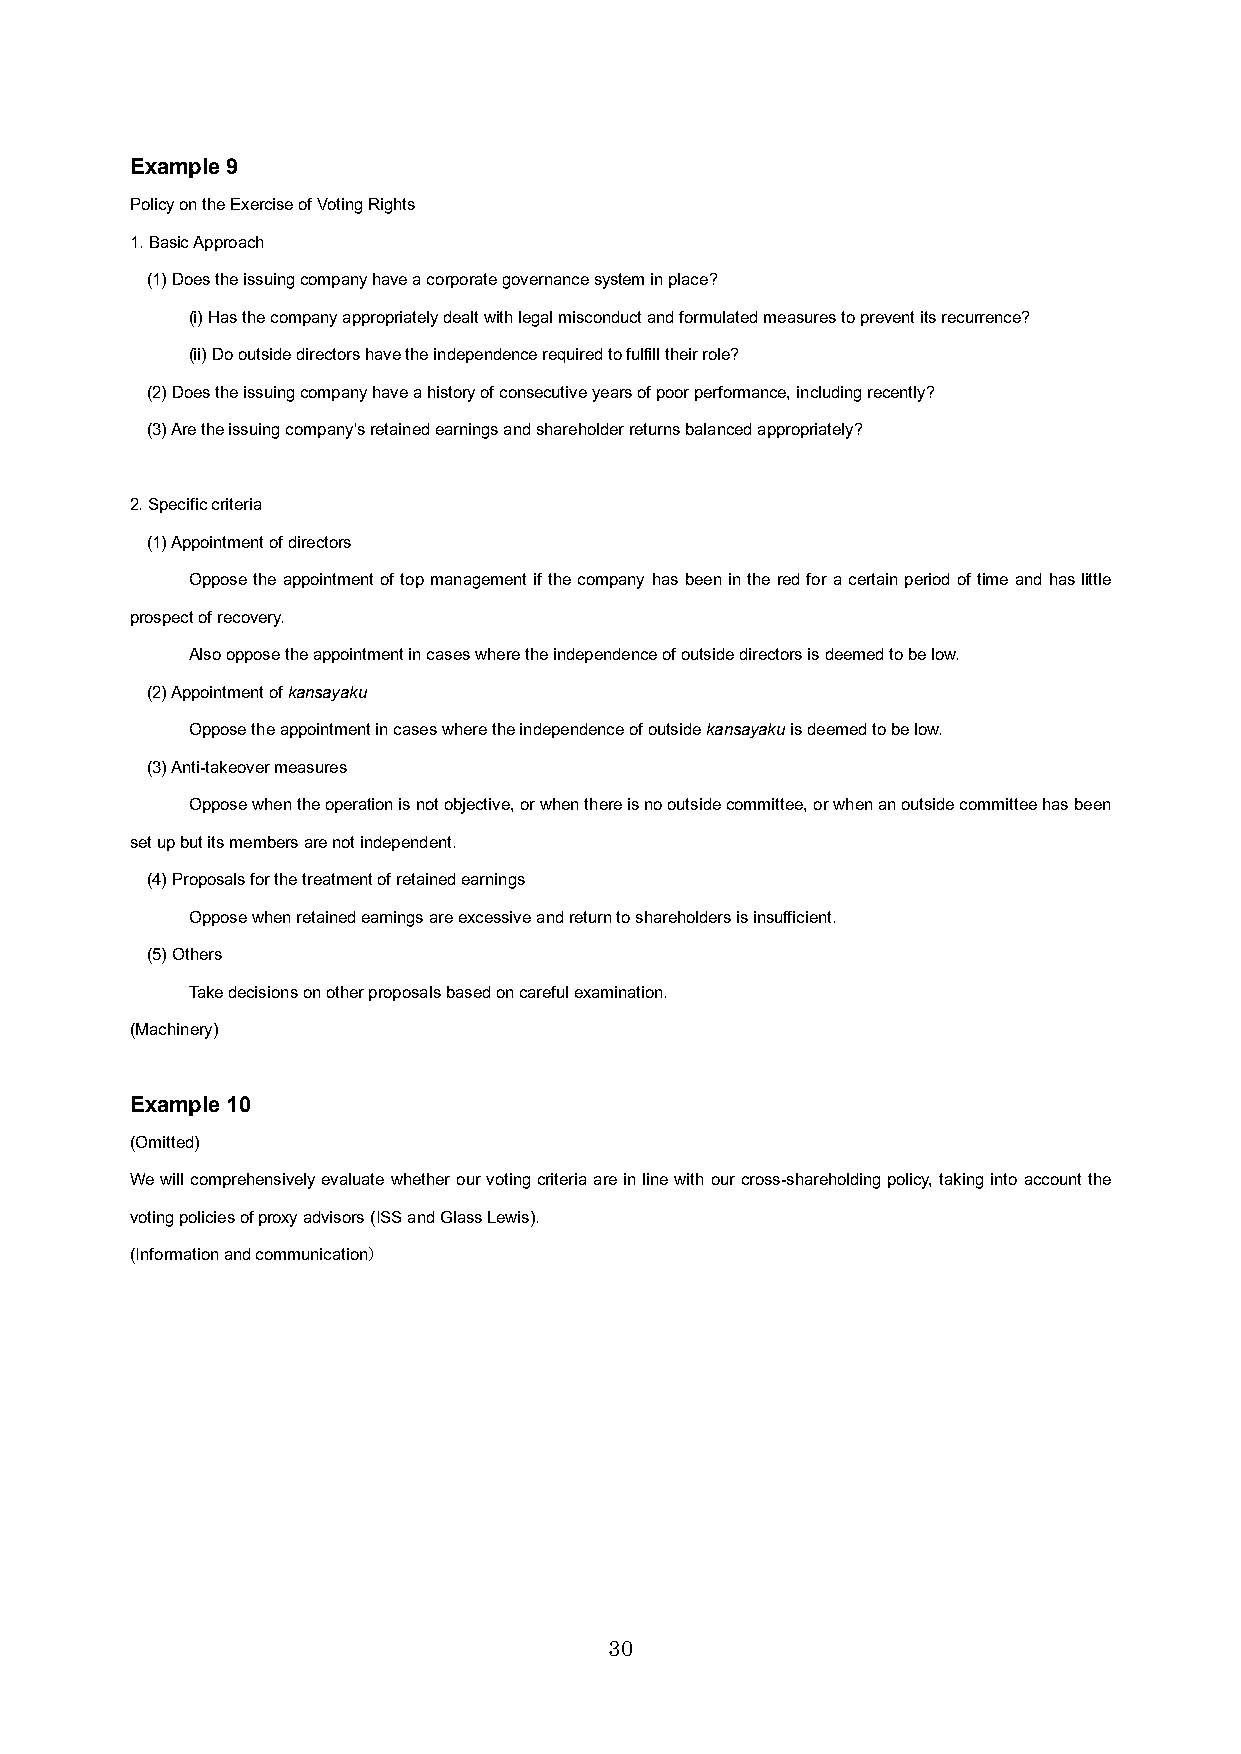
Example 9
 Policy on the Exercise of Voting Rights
 1. Basic Approach
 (1) Does the issuing company have a corporate governance system in place?
 (i) Has the company appropriately dealt with legal misconduct and formulated measures to prevent its recurrence?
 (ii) Do outside directors have the independence required to fulfill their role?
 (2) Does the issuing company have a history of consecutive years of poor performance, including recently?
 (3) Are the issuing company's retained earnings and shareholder returns balanced appropriately?
 2. Specific criteria
 (1) Appointment of directors
 Oppose the appointment of top management if the company has been in the red for a certain period of time and has little
 prospect of recovery.
 Also oppose the appointment in cases where the independence of outside directors is deemed to be low.
 (2) Appointment of kansayaku
 Oppose the appointment in cases where the independence of outside kansayaku is deemed to be low.
 (3) Anti-takeover measures
 Oppose when the operation is not objective, or when there is no outside committee, or when an outside committee has been
 set up but its members are not independent.
 (4) Proposals for the treatment of retained earnings
 Oppose when retained earnings are excessive and return to shareholders is insufficient.
 (5) Others
 Take decisions on other proposals based on careful examination.
 (Machinery)
 Example 10
 (Omitted)
 We will comprehensively evaluate whether our voting criteria are in line with our cross-shareholding policy, taking into account the
 voting policies of proxy advisors (ISS and Glass Lewis).
 (Information and communication）
 30